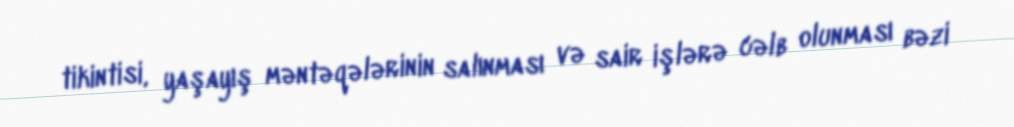
tikintisi, yaşayış məntəqələrinin salınması və sair işlərə cəlb olunması bəzi